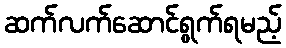
ဆက်လက်ဆောင်ရွက်ရမည့်